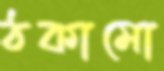
ঠকামো